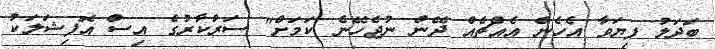
ބަދަލު ފިޔަވާ އެހެން އެއްޗެއް ދޭން ނުޖެހޭނެ ކަަމަށް" ސަރުކާރުގެ އިސް އޮފިޝަލަކު